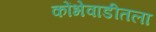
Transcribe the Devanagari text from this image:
कोंभेवाडीतला